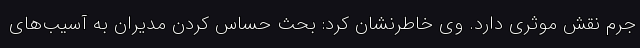
جرم نقش موثری دارد. وی خاطرنشان کرد: بحث حساس کردن مدیران به آسیب‌های